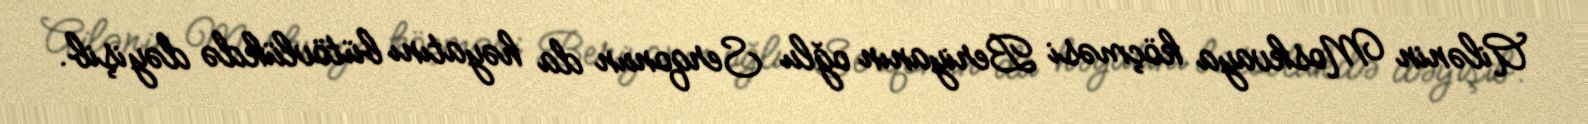
Ailənin Moskvaya köçməsi Beriyanın oğlu Serqonun da həyatını bütövlükdə dəyişib.